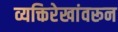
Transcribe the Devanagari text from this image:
व्यक्तिरेखांवरून